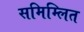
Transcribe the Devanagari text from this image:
समिम्लित